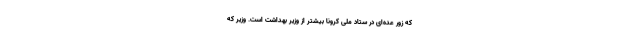
که زور عده‌ای در ستاد ملی کرونا بیشتر از وزیر بهداشت است. وزیر که